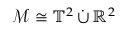
\mathcal { M } \cong \mathbb { T } ^ { 2 } \, \dot { \cup } \, \mathbb { R } ^ { 2 }